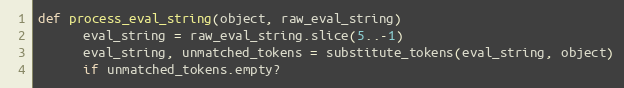
Language: Ruby
def process_eval_string(object, raw_eval_string)
      eval_string = raw_eval_string.slice(5..-1)
      eval_string, unmatched_tokens = substitute_tokens(eval_string, object)
      if unmatched_tokens.empty?